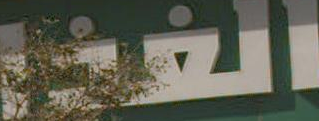
الغير